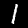
Label: 1